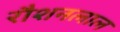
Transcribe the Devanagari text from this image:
रौशनलाल